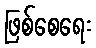
ဖြစ်စေရေး